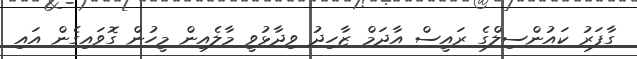
ގާފަރު ކައުންސިލްގެ ރައީސް އާދަމް ޒާހިދު ވިދާޅުވީ މާލެއިން މީހުން ގޮވައިގެން އައި